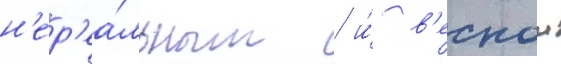
н'ер'еа́льным / и́ в'еснои